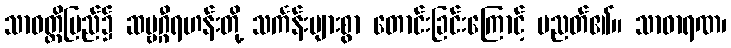
သာဝတ္ထိပြည်၌ ဆဗ္ဗဂ္ဂီရဟန်းတို့ သင်္ကန်းများစွာ တောင်းခြင်းကြောင့် ပညတ်၏။ သာဓာရဏ၊